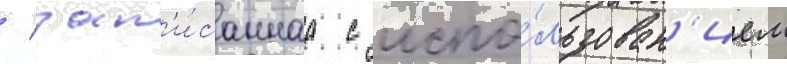
/ зап'и́саннаа с испо́льзован'ием